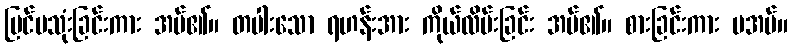
ပြင်ပသုံးခြင်းကား အပ်၏။ တပါးသော ရဟန်းအား ကိုယ်လိမ်းခြင်း အပ်၏။ စားခြင်းကား မအပ်။